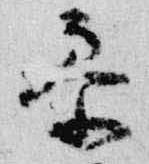
参